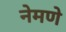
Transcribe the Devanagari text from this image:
नेमणे